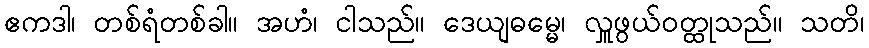
ဧကဒါ၊ တစ်ရံတစ်ခါ။ အဟံ၊ ငါသည်။ ဒေယျဓမ္မေ၊ လှူဖွယ်ဝတ္ထုသည်။ သတိ၊